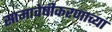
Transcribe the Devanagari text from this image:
सामावेषीकरणाच्या